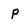
Character: p